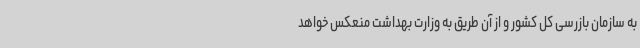
به سازمان بازرسی کل کشور و از آن طریق به وزارت بهداشت منعکس خواهد